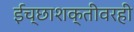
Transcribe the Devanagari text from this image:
ईच्छाशक्तीवरही